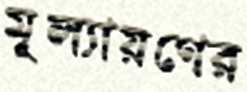
মূল্যায়ণের